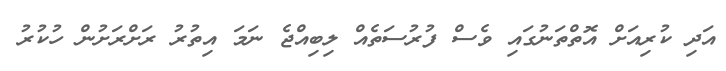
އަދި ކުރިއަށް އޮތްތަނުގައި ވެސް ފުރުސަތެއް ލިބިއްޖެ ނަމަ އިތުރު ރަށްރަށުން ހުކުރު